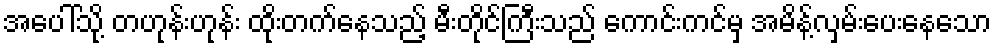
အပေါ်သို့ တဟုန်းဟုန်း ထိုးတက်နေသည့် မီးတိုင်ကြီးသည် ကောင်းကင်မှ အမိန့်လှမ်းပေးနေသော